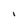
Character: I